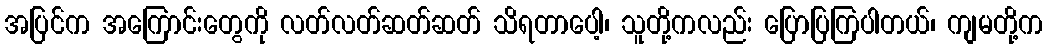
အပြင်က အကြောင်းတွေကို လတ်လတ်ဆတ်ဆတ် သိရတာပေါ့၊ သူတို့ကလည်း ပြောပြကြပါတယ်၊ ကျမတို့က